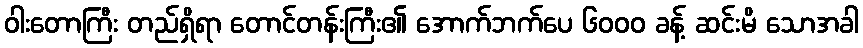
ဝါးတောကြီး တည်ရှိရာ တောင်တန်းကြီး၏ အောက်ဘက်ပေ ၆၀၀၀ ခန့် ဆင်းမိ သောအခါ